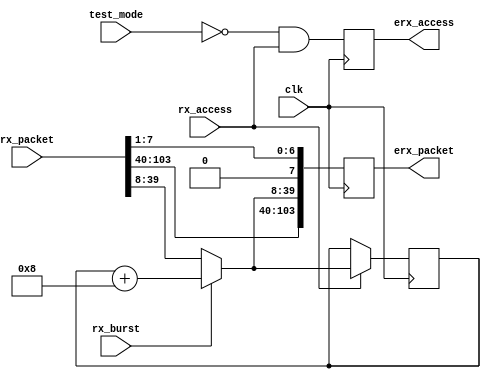
// This program was cloned from: https://github.com/aolofsson/oh
// License: MIT License

//############################################################
//#This block handles the autoincrement needed for bursting
//############################################################
module erx_protocol (/*AUTOARG*/
   // Outputs
   erx_access, erx_packet,
   // Inputs
   clk, test_mode, rx_packet, rx_burst, rx_access
   );

   parameter AW   = 32;
   parameter DW   = 32;
   parameter PW   = 104;
   parameter ID   = 12'h999; //link id
   
   // System reset input
   input           clk;

   //test mode
   input 	   test_mode; //block all traffic in test mode
   
   // Parallel interface, 8 eLink bytes at a time
   
   input [PW-1:0]  rx_packet;
   input 	   rx_burst;
   input 	   rx_access;
   
   // Output to MMU / filter
   output          erx_access;
   output [PW-1:0] erx_packet;

   //wires
   reg [31:0] 	   dstaddr_reg;   
   wire [31:0] 	   dstaddr_next;
   wire [31:0] 	   dstaddr_mux;
   reg 		   erx_access;
   reg [PW-1:0]    erx_packet;
   wire [31:0] 	   rx_addr;
   
   //parsing inputs
   assign        rx_addr[31:0]  = rx_packet[39:8];
   
   //Address generator for bursting
   always @ (posedge clk)
     if(rx_access)
       dstaddr_reg[31:0]    <= dstaddr_mux[31:0];

   assign dstaddr_next[31:0] = dstaddr_reg[31:0] + 4'b1000;
   
   assign dstaddr_mux[31:0]  =  rx_burst ? dstaddr_next[31:0] :
			                   rx_addr[31:0];
                  
   //Pipeline stage and decode  
   
   always @ (posedge clk)
     begin
	  //Write/read request
	  erx_access          <= ~test_mode & rx_access;      	  
	  //Common packet
	  erx_packet[PW-1:0]  <= {rx_packet[PW-1:40],
				  dstaddr_mux[31:0],
				  {1'b0,rx_packet[7:1]} //NOTE: remvoing redundant access packet bit
				  };                    //This is to conform to new format	 
     end
     
endmodule // erx_protocol
// Local Variables:
// verilog-library-directories:("." "../../common/hdl")
// End: